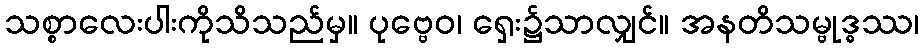
သစ္စာလေးပါးကိုသိသည်မှ။ ပုဗ္ဗေဝ၊ ရှေး၌သာလျှင်။ အနတိသမ္ဗုဒ္ဓဿ၊